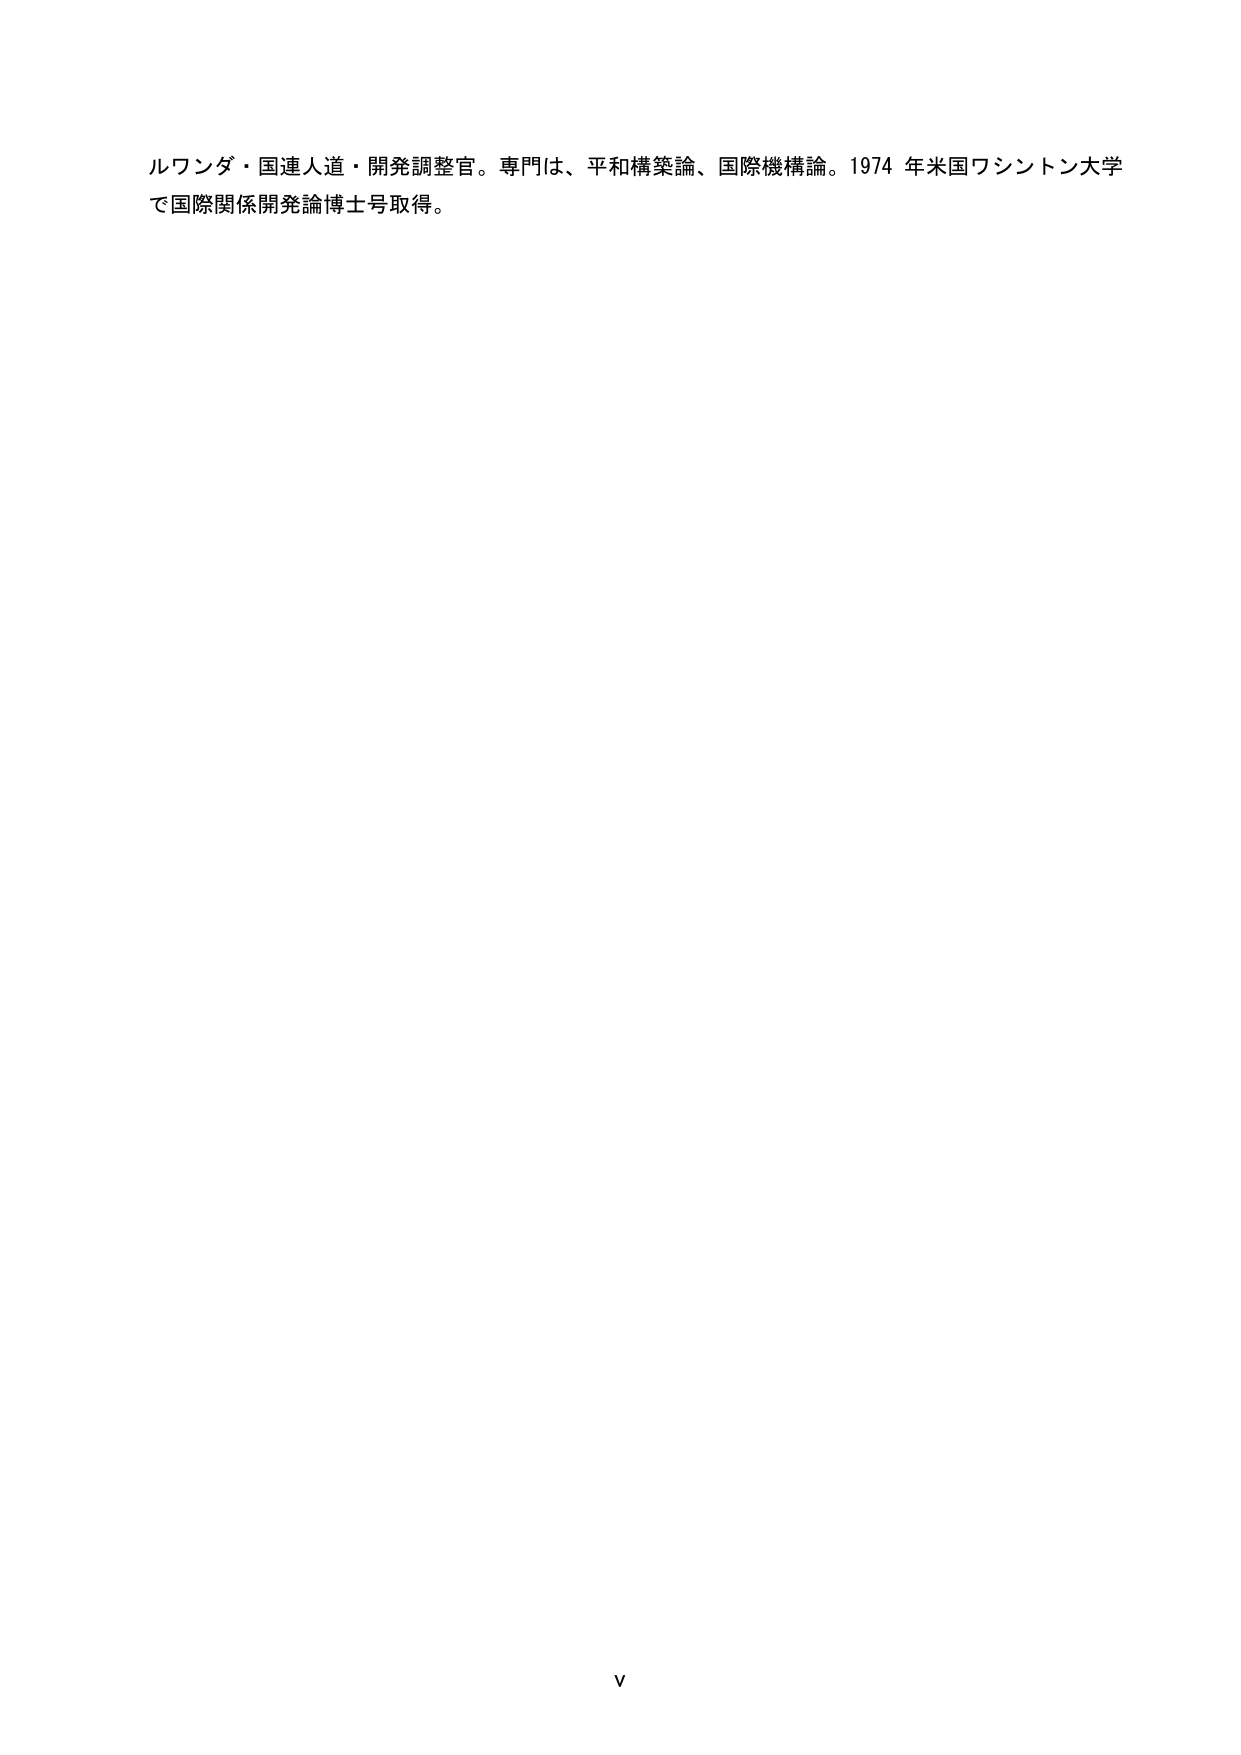
ルワンダ・国連人道・開発調整官。専門は、平和構築論、国際機構論。1974 年米国ワシントン大学で国際関係開発論博士号取得。

V